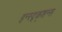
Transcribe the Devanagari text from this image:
इन्स्ट्र्क्शन्स